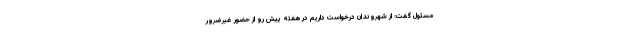
مسئول گفت: از شهروندان درخواست داریم در هفته پیش رو از حضور غیرضرور